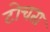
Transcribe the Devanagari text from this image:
टोचता